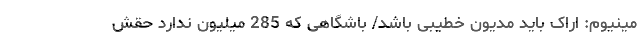
مینیوم: اراک باید مدیون خطیبی باشد/ باشگاهی که 285 میلیون ندارد حقش